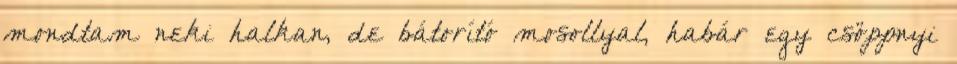
mondtam neki halkan, de bátorító mosollyal, habár egy csöppnyi